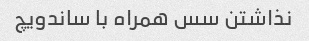
نذاشتن سس همراه با ساندویچ